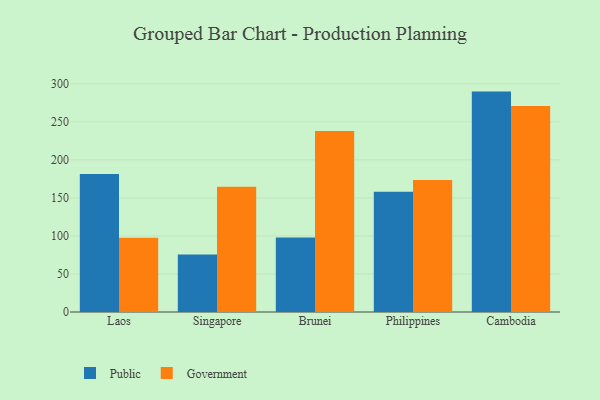
{"axis": {"x": "Country", "y": "Inventory Turnover"}, "legend": ["Government", "Public"], "data": [{"x": "Laos", "y": 181.3, "type": "Public"}, {"x": "Laos", "y": 97.7, "type": "Government"}, {"x": "Singapore", "y": 75.6, "type": "Public"}, {"x": "Singapore", "y": 164.5, "type": "Government"}, {"x": "Brunei", "y": 97.8, "type": "Public"}, {"x": "Brunei", "y": 238.0, "type": "Government"}, {"x": "Philippines", "y": 158.0, "type": "Public"}, {"x": "Philippines", "y": 173.5, "type": "Government"}, {"x": "Cambodia", "y": 289.7, "type": "Public"}, {"x": "Cambodia", "y": 270.7, "type": "Government"}]}